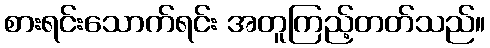
စားရင်းသောက်ရင်း အတူကြည့်တတ်သည်။